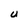
Character: U